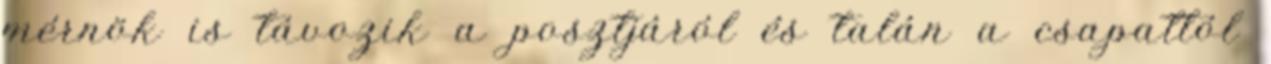
mérnök is távozik a posztjáról és talán a csapattól